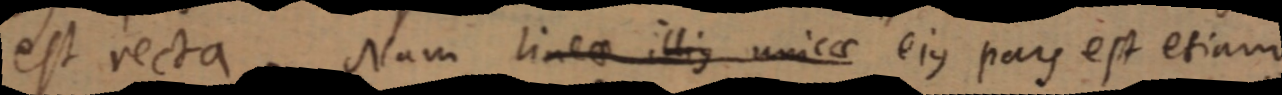
est recta. Nam linea illius unicae ejus pars est etiam